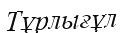
Тұрлығұл